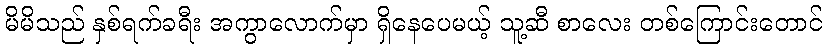
မိမိသည် နှစ်ရက်ခရီး အကွာလောက်မှာ ရှိနေပေမယ့် သူ့ဆီ စာလေး တစ်ကြောင်းတောင်